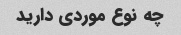
چه نوع موردی دارید